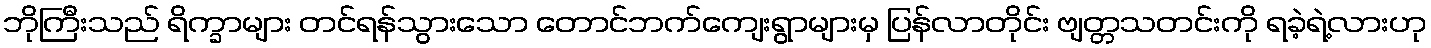
ဘိုကြီးသည် ရိက္ခာများ တင်ရန်သွားသော တောင်ဘက်ကျေးရွာများမှ ပြန်လာတိုင်း ဗျတ္တသတင်းကို ရခဲ့ရဲ့လားဟု